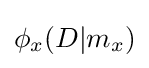
\phi _{x}(D|m_{x})